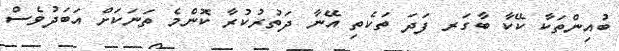
ބުއިންތަކާ ކޭކާ ބާގަރ ފަދަ ތަކެތި އޭނާ ދަތުރުކުރާ ކޮންމެ ތަނަކަށް އަބަދުވެސް